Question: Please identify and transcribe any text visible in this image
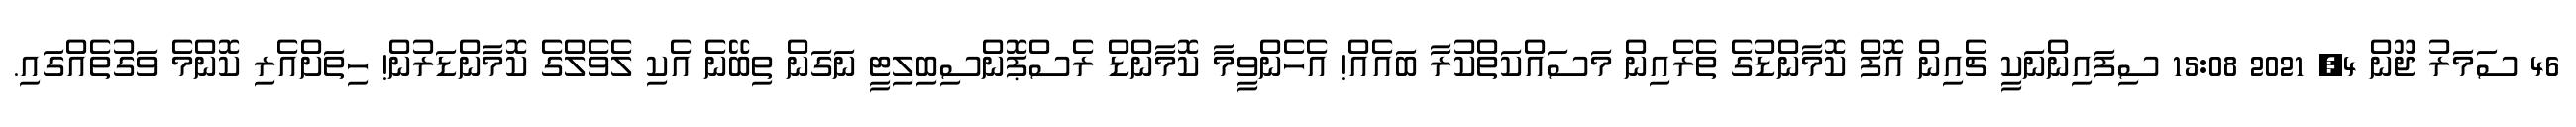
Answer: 46 ސަމަރު ޖޫން 4, 2021 15:08 ސިފައިންނަކީ ޗެއިން އޮފް ކޮމާންޑުގެ ތެރެއިން މަސައްކަތްކުރާ ބައެއް! އެހެންވީމާ ކޮމާންޑް ރެސްޕޮންސިބިލިޓީ ނަގަން ތިބޭނެ އެކި ލެވެލްގެ ކޮމާންޑަރުން! ހިތަށްއެރި ކޮންމެ ވަގުތެއްގައި.